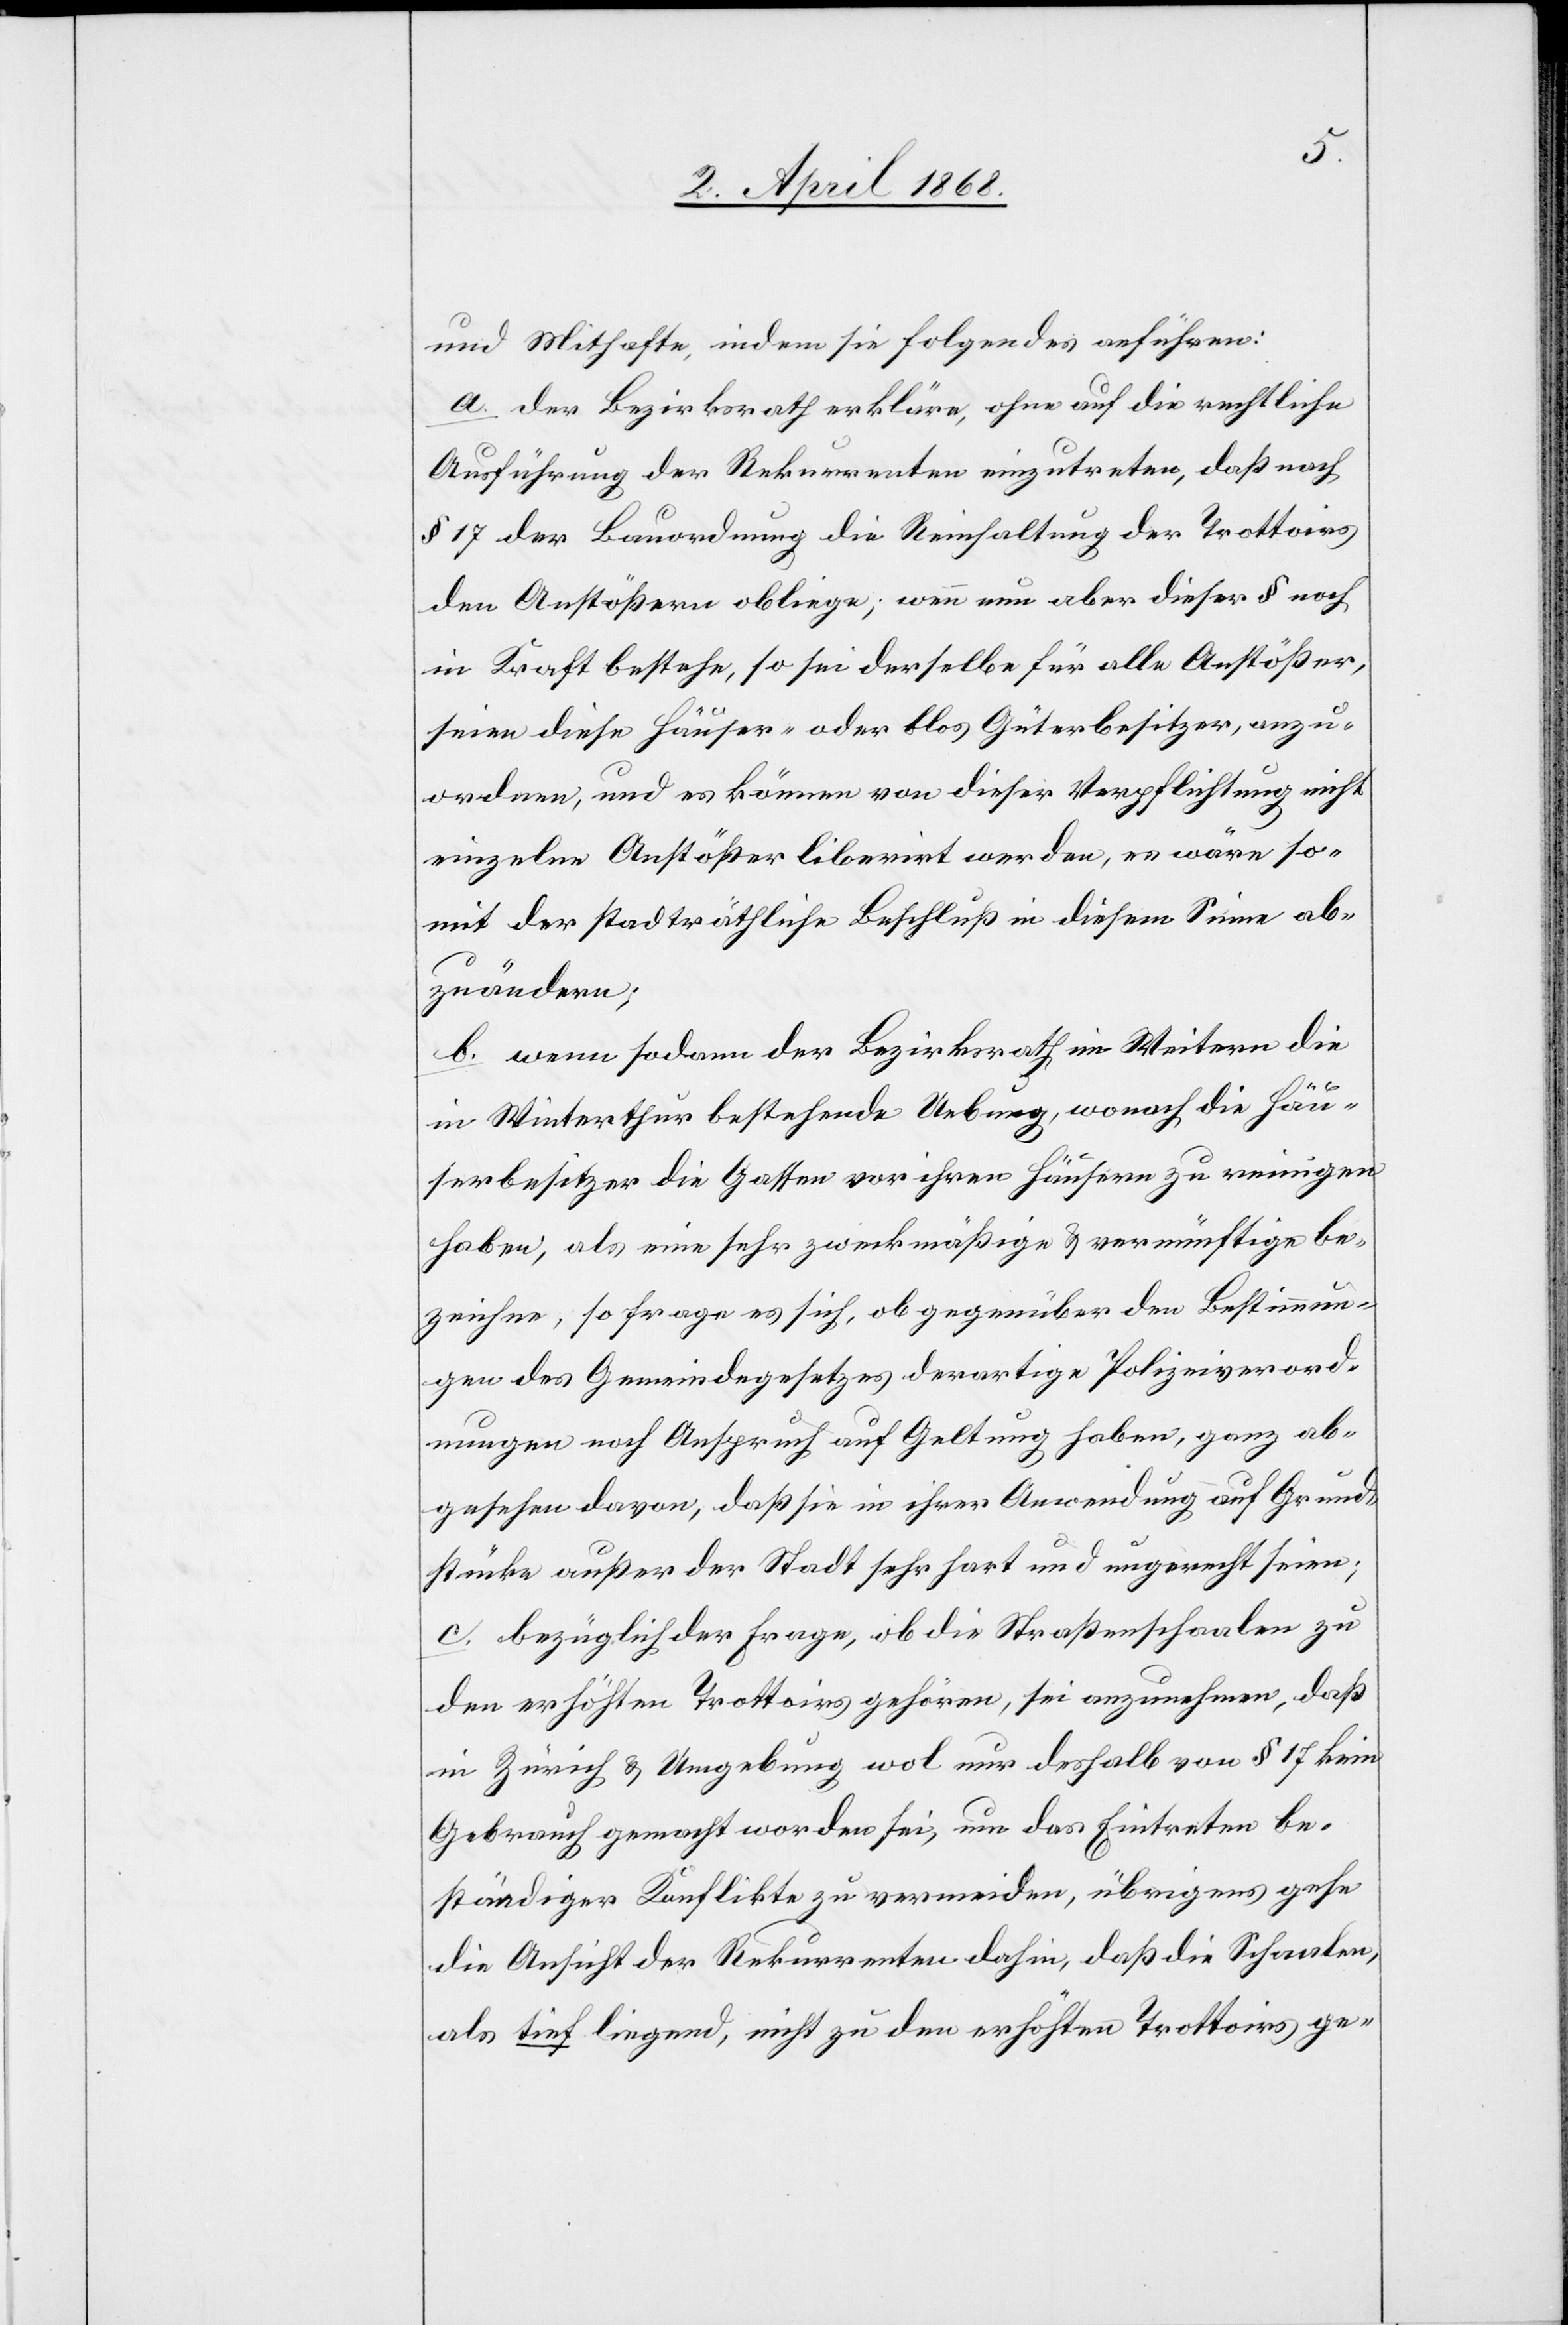
und Mithafte, indem sie Folgendes anführen:
a. der Bezirksrath erkläre, ohne auf die rechtliche
Ausführung der Rekurrenten einzutreten, daß nach
§ 17 der Bauordnung die Reinhaltung der Trottoirs
den Anstößern obliege; wenn nun aber dieser § noch
in Kraft bestehe, so sei derselbe für alle Anstößer,
seien diese Häuser- oder blos Güterbesitzer, anzu¬
ordnen, und es können von dieser Verpflichtung nicht
einzelne Anstößer liberirt werden, es wäre so¬
mit der stadträthliche Beschluß in diesem Sinne ab¬
zuändern;
b. wenn sodann der Bezirksrath im Weitern die
in Winterthur bestehende Uebung, wonach die Häu¬
serbesitzer die Gassen vor ihren Häusern zu reinigen
haben, als eine sehr zweckmäßige & vernünftige be¬
zeichne, so frage es sich, ob gegenüber den Bestimmun¬
gen des Gemeindegesetzes derartige Polizeiverord¬
nungen noch Anspruch auf Geltung haben, ganz ab¬
gesehen davon, daß sie in ihrer Anwendung auf Grund¬
stücke außer der Stadt sehr hart und ungerecht seien;
c. bezüglich der Frage, ob die Straßenschaalen zu
den erhöhten Trottoirs gehören, sei anzunehmen, daß
in Zürich & Umgebung wol nur deshalb von § 17 kein
Gebrauch gemacht worden sei, um das Eintreten be¬
ständiger Konflikte zu vermeiden, übrigens gehe
die Ansicht der Rekurrenten dahin, daß die Schaalen,
als tief liegend, nicht zu den erhöhten Trottoirs ge-